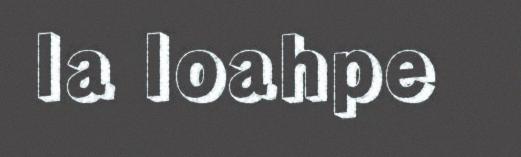
la loahpe